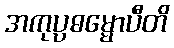
အကုပ္ပဓမ္မောပီတိ